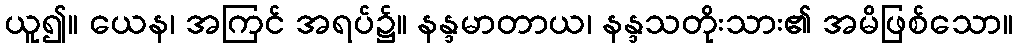
ယူ၍။ ယေန၊ အကြင် အရပ်၌။ နန္ဒမာတာယ၊ နန္ဒသတိုးသား၏ အမိဖြစ်သော။